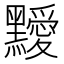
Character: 𪒱